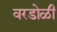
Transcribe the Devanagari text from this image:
वरडोळी